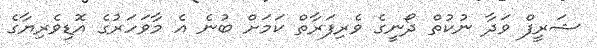
ޝަރީފް ވަދާ ނުކުތް ދޯނީގެ ވެރިފަރާތް ކަމަށް ބުނެ އެ މާވަހަރުގެ އޮޑިވެރިޔާގެ